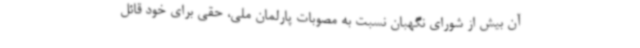
آن بیش از شورای نگهبان نسبت به مصوبات پارلمان ملی، حقی برای خود قائل